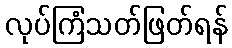
လုပ်ကြံသတ်ဖြတ်ရန်